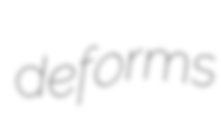
deforms